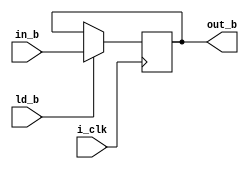
`timescale 1ns / 1ps
//////////////////////////////////////////////////////////////////////////////////
// Company: 
// Engineer: 
// 
// Design Name: 
// Module Name: REG_B
// Project Name: 
// Target Devices: 
// Tool Versions: 
// Description: 
// 
// Dependencies: 
// 
// Revision:
// Revision 0.01 - File Created
// Additional Comments:
// 
//////////////////////////////////////////////////////////////////////////////////

`define WIDTH_B 4 
module REG_B(i_clk , ld_b  , in_b , out_b );
input i_clk ;
input ld_b ;    ///load enable 
///input rst_n ;   ///reset//
input [`WIDTH_B-1:0] in_b ;  //data input 8 bit  //
output reg [`WIDTH_B-1:0] out_b ;  ///output data 


always @ (posedge i_clk)
  begin
 if (ld_b)
         begin
               out_b <= in_b ;
          end
          else
            begin
               out_b <= out_b;
             end
       end               
endmodule